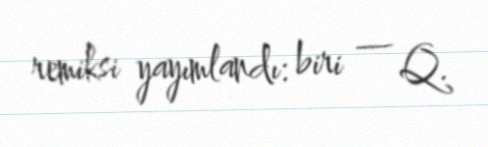
remiksi yayımlandı: biri — Q.